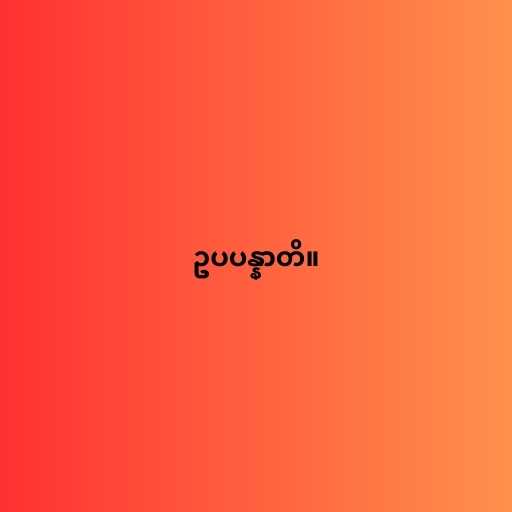
ဥပပန္နာတိ။